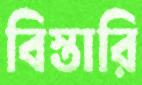
বিস্তারি